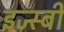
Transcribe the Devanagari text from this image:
इज्स्बीं